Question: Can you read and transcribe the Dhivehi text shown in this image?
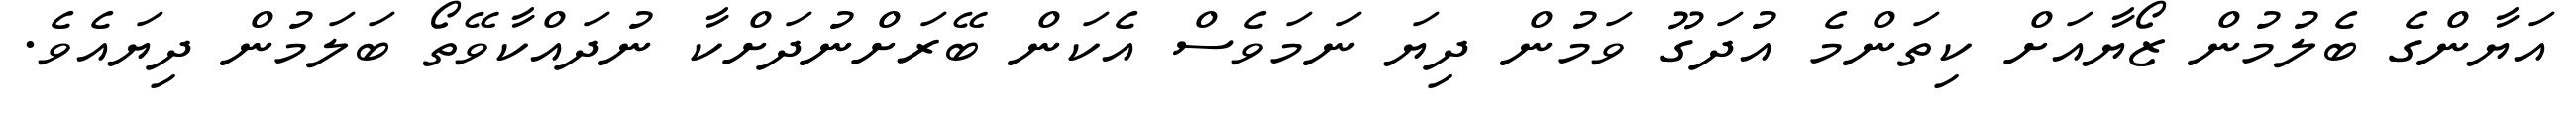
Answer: އަޔާންގެ ބެލުމުން ޒޯޔާއަށް ކިތަންމެ އުދަގޫ ވަމުން ދިޔަ ނަމަވެސް އެކަން ބޭރަށްނުދަށްކާ ނުދައްކާވޭތޯ ބަލަމުން ދިޔައެވެ.